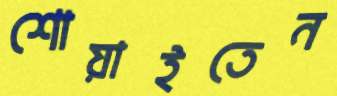
শোয়াইতেন